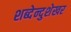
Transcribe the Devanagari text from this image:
शब्देन्दुशेखर